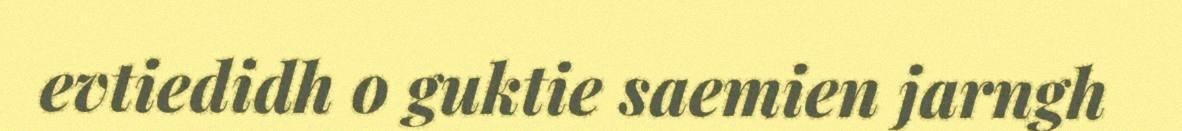
evtiedidh o guktie saemien jarngh